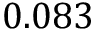
0 . 0 8 3